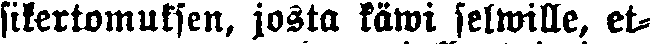
sikertomuksen, josta käwi selwille, et-